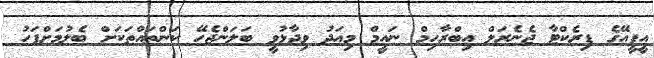
އީޕީއޭގެ ޑިރެކްޓާ ޖެނެރަލް އިބްރާހިމް ނައީމް މިއަދު ވިދާޅުވީ ބަލަންޖެހޭ ކަންތައްތަކަށް ބެލުމަށްފަހު